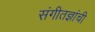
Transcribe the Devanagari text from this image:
संगीतज्ञांची